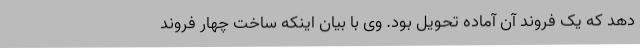
دهد که یک فروند آن آماده تحویل بود. وی با بیان اینکه ساخت چهار فروند